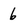
Character: 6